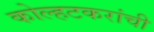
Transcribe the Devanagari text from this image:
कोल्हटकरांची